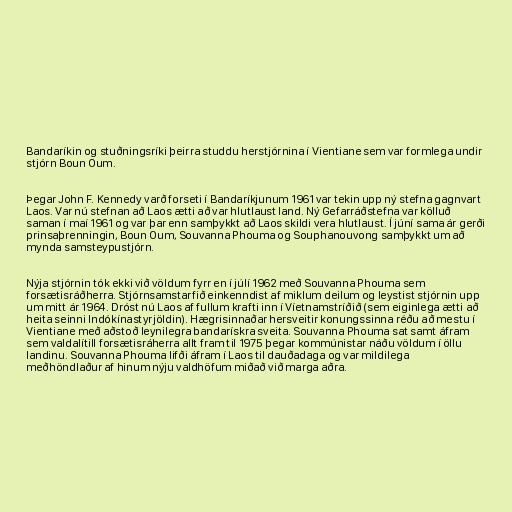
Bandaríkin og stuðningsríki þeirra studdu herstjórnina í Vientiane sem var formlega undir
stjórn Boun Oum.

Þegar John F. Kennedy varð forseti í Bandaríkjunum 1961 var tekin upp ný stefna gagnvart
Laos. Var nú stefnan að Laos ætti að var hlutlaust land. Ný Gefarráðstefna var kölluð
saman í maí 1961 og var þar enn samþykkt að Laos skildi vera hlutlaust. Í júní sama ár gerði
prinsaþrenningin, Boun Oum, Souvanna Phouma og Souphanouvong samþykkt um að
mynda samsteypustjórn.

Nýja stjórnin tók ekki við völdum fyrr en í júlí 1962 með Souvanna Phouma sem
forsætisráðherra. Stjórnsamstarfið einkenndist af miklum deilum og leystist stjórnin upp
um mitt ár 1964. Dróst nú Laos af fullum krafti inn í Víetnamstríðið (sem eiginlega ætti að
heita seinni Indókínastyrjöldin). Hægrisinnaðar hersveitir konungssinna réðu að mestu í
Vientiane með aðstoð leynilegra bandarískra sveita. Souvanna Phouma sat samt áfram
sem valdalítill forsætisráherra allt fram til 1975 þegar kommúnistar náðu völdum í öllu
landinu. Souvanna Phouma lifði áfram í Laos til dauðadaga og var mildilega
meðhöndlaður af hinum nýju valdhöfum miðað við marga aðra.